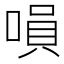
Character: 𠹚